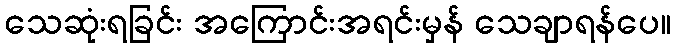
သေဆုံးရခြင်း အကြောင်းအရင်းမှန် သေချာရန်ပေ။